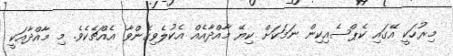
މިރުހަކީ އޭގައި ކެޕްސެއިކިން ނަމަކަށް ކިޔޭ މާއްދާއެއް އެކުލެވިގެންވާ އެއްޗެކެވެ. މި މާއްދާއަކީ